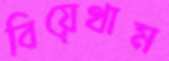
বিয়েথাম